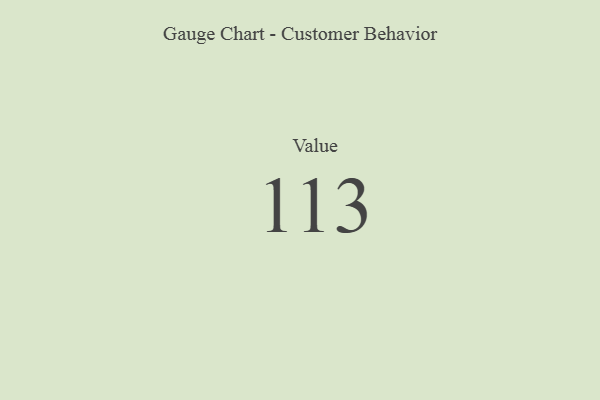
{"axis": {"x": "Metric", "y": "Value"}, "legend": [""], "data": [{"x": "Value", "y": 113, "type": ""}]}